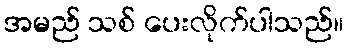
အမည် သစ် ပေးလိုက်ပါသည်။